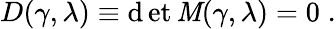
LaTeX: D(\gamma,\lambda)\equiv\operatorname*{\mathrm{d}et}\mathit{M}(\gamma,\lambda)=0\; .